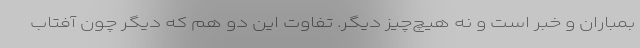
بمباران و خبر است و نه هیچ‌چیز دیگر. تفاوت این دو هم که دیگر چون آفتاب